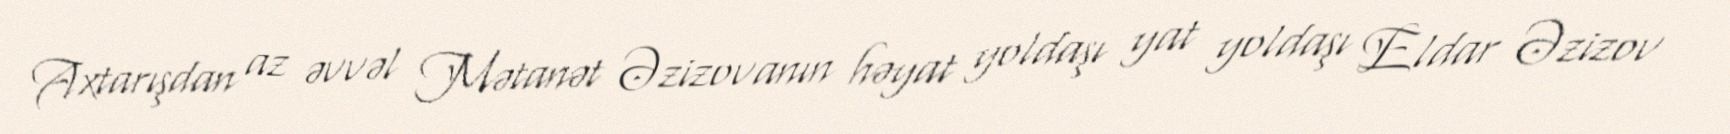
Axtarışdan az əvvəl Mətanət Əzizovanın həyat yoldaşı yat yoldaşı Eldar Əzizov